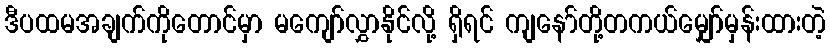
ဒီပထမအချက်ကိုတောင်မှာ မကျော်လွှာနိုင်လို့ ရှိရင် ကျနော်တို့တကယ်မျှော်မှန်းထားတဲ့